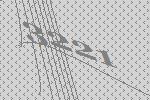
3221